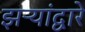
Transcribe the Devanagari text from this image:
झऱ्यांद्वारे